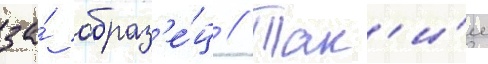
за́ образ'е́ц // Так'и́м